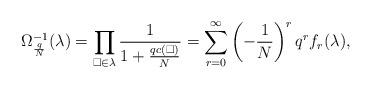
LaTeX: \begin{align*}\Omega_{\frac{q}{N}}^{-1}(\lambda) = \prod_{\Box \in \lambda} \frac{1}{1+\frac{qc(\Box)}{N}} = \sum_{r=0}^\infty \left(-\frac{1}{N} \right)^r q^r f_r(\lambda),\end{align*}